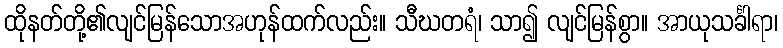
ထိုနတ်တို့၏လျင်မြန်သောအဟုန်ထက်လည်း။ သီဃတရံ၊ သာ၍ လျင်မြန်စွာ။ အာယုသင်္ခါရာ၊